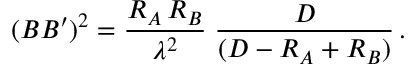
( B B ^ { \prime } ) ^ { 2 } = { \frac { R _ { A } \, R _ { B } } { \lambda ^ { 2 } } } \; { \frac { D } { ( D - R _ { A } + R _ { B } ) } } \, .